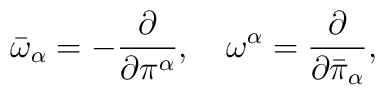
{\bar\omega}_{\alpha} =-\frac{\partial}{\partial\pi^\alpha},\quad {\omega}^{\alpha} =\frac{\partial}{\partial{\bar\pi}_{\alpha}},